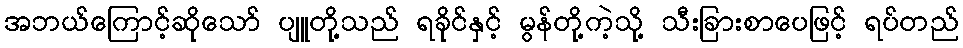
အဘယ်ကြောင့်ဆိုသော် ပျူတို့သည် ရခိုင်နှင့် မွန်တို့ကဲ့သို့ သီးခြားစာပေဖြင့် ရပ်တည်